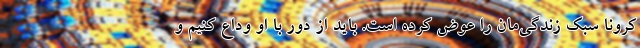
کرونا سبک زندگی‌مان را عوض کرده است. باید از دور با او وداع کنیم و